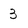
Character: 3